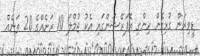
ޑީވިޜަން ގުޅިގެން ހިންގި އޮޕަރޭޝަންގައި އެކު ޖުމްލަ 10 ރަށެއްގެ 20 ތަނެއް